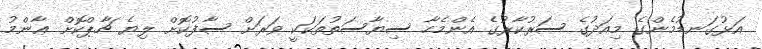
އަޅުގަނޑުމެންގެ މިއަދުގެ ސަރުކާރުގެ އެންމެހާ ސިޔާސަތުތަކަކީ ވަރަށް ސާފުކޮށް ލިޔެ ޗާޕްކޮށް ޢާންމު